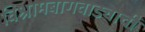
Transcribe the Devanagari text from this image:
विश्रामबागवाड्याची